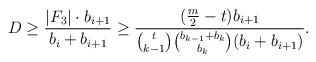
LaTeX: \begin{align*}D\ge \frac{|F_3|\cdot b_{i+1}}{b_i + b_{i+1}}\ge \frac{(\frac m2-t)b_{i+1}}{\binom{t}{k-1}\binom{b_{k-1}+b_k}{b_k}(b_i+b_{i+1})}.\end{align*}